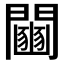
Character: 𨷒